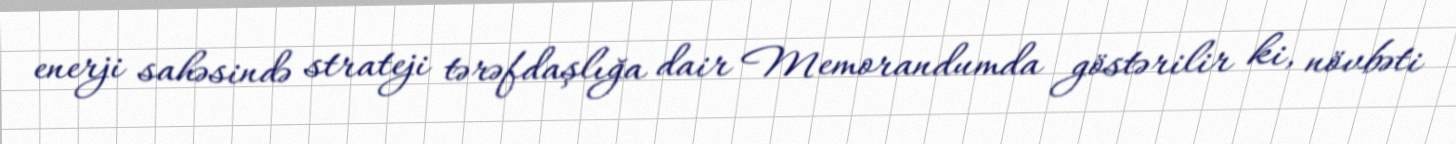
enerji sahəsində strateji tərəfdaşlığa dair Memorandumda göstərilir ki, növbəti